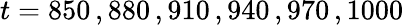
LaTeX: t=850\, ,880\, ,910\, ,940\, ,970\, ,1000